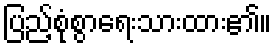
ပြည့်စုံစွာရေးသားထား၏။